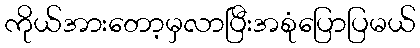
ကိုယ်အားတော့မှလာပြီးအစုံပြောပြမယ်